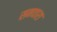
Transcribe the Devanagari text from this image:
सनवारा